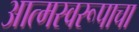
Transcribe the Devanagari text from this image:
आत्मस्वरूपाचा